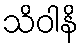
သိဝါနိ